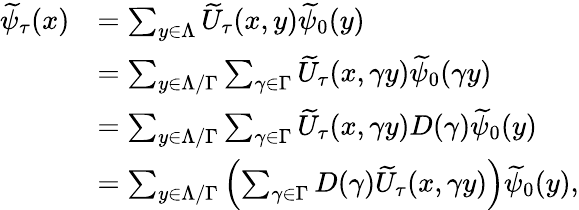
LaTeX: \begin{array}{rl}{\widetilde{\psi}_{\tau}(x)}&{=\sum_{y\in\Lambda}\widetilde{U}_{\tau}(x,y)\widetilde{\psi}_{0}(y)}\\ &{=\sum_{y\in\Lambda/\Gamma}\sum_{\gamma\in\Gamma}\widetilde{U}_{\tau}(x,\gamma y)\widetilde{\psi}_{0}(\gamma y)}\\ &{=\sum_{y\in\Lambda/\Gamma}\sum_{\gamma\in\Gamma}\widetilde{U}_{\tau}(x,\gamma y)D(\gamma)\widetilde{\psi}_{0}(y)}\\ &{=\sum_{y\in\Lambda/\Gamma}\left(\sum_{\gamma\in\Gamma}D(\gamma)\widetilde{U}_{\tau}(x,\gamma y)\right)\widetilde{\psi}_{0}(y),}\end{array}